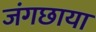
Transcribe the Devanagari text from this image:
जंगछाया